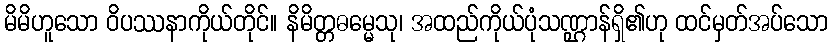
မိမိဟူသော ဝိပဿနာကိုယ်တိုင်။ နိမိတ္တဓမ္မေသု၊ အထည်ကိုယ်ပုံသဏ္ဌာန်ရှိ၏ဟု ထင်မှတ်အပ်သော